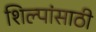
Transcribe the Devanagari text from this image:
शिल्पांसाठी